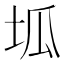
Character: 坬